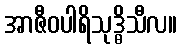
အာဇီဝပါရိသုဒ္ဓိသီလ။